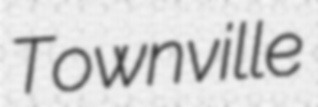
Townville